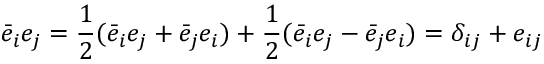
\bar { e } _ { i } e _ { j } = \frac { 1 } { 2 } ( \bar { e } _ { i } e _ { j } + \bar { e } _ { j } e _ { i } ) + \frac { 1 } { 2 } ( \bar { e } _ { i } e _ { j } - \bar { e } _ { j } e _ { i } ) = \delta _ { i j } + e _ { i j }